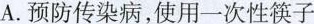
A.预防传染病，使用一次性筷子